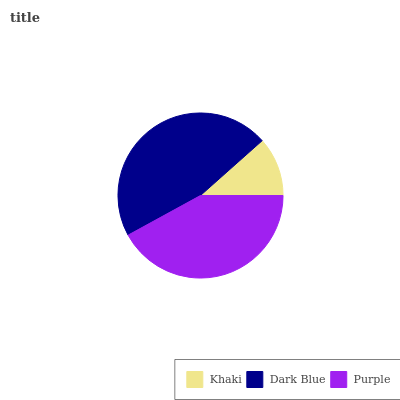
| Khaki | Dark Blue | Purple |
 | --- | --- | --- |
 | 11.6% | 46.4% | 42% |